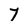
Character: 7